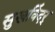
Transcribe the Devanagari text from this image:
सुखविंदर्